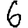
Digit: 6